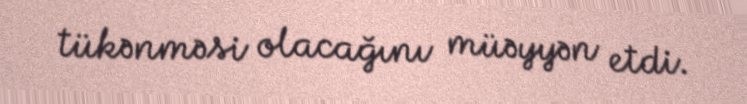
tükənməsi olacağını müəyyən etdi.